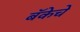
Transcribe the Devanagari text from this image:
बॅकेचे